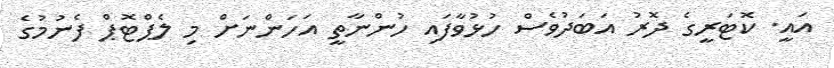
އައީ. ކޮޓަރީގެ ދޮރު އަބަދުވެސް ހުޅުވާފައި ހުންނާތީ އަހަންނަށް މި ލެޕްޓޮޕް ފެނުމުގެ